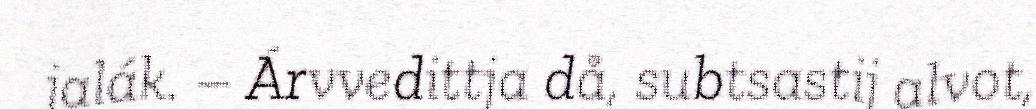
jalák. – Árvvedittja då, subtsastij alvot,